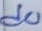
Text: d0